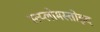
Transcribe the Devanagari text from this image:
स्त्य्लोमस्तोइद